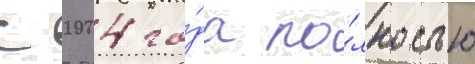
С 2004 го́да по́лностью